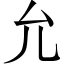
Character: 允